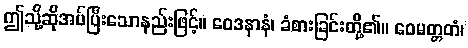
ဤသို့ဆိုအပ်ပြီးသောနည်းဖြင့်။ ဝေဒနာနံ၊ ခံစားခြင်းတို့၏။ ဝေမတ္တတံ၊